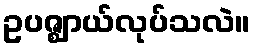
ဥပဇ္ဈာယ်လုပ်သလဲ။